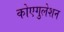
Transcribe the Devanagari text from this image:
कोएगुलेशन